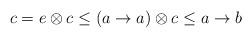
LaTeX: \begin{align*}c =e \otimes c \leq (a \to a) \otimes c \leq a \to b\end{align*}